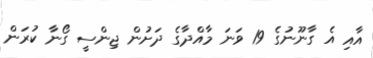
އާއި އެ ގާނޫނުގެ 19 ވަނަ މާއްދާގެ ދަށުން ޖިންސީ ގޯނާ ކުރަން